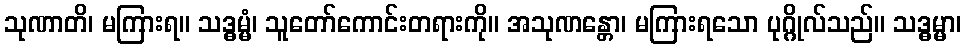
သုဏာတိ၊ မကြားရ။ သဒ္ဓမ္မံ၊ သူတော်ကောင်းတရားကို။ အသုဏန္တော၊ မကြားရသော ပုဂ္ဂိုလ်သည်။ သဒ္ဓမ္မာ၊